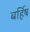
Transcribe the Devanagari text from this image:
बर्हिष